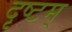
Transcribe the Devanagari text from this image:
दृष्टम्